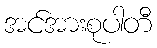
အင်အားစုပါတီ